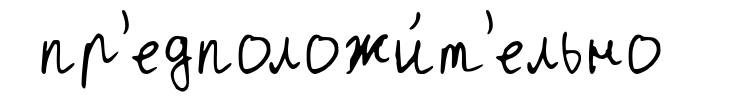
пр'едположи́т'ельно